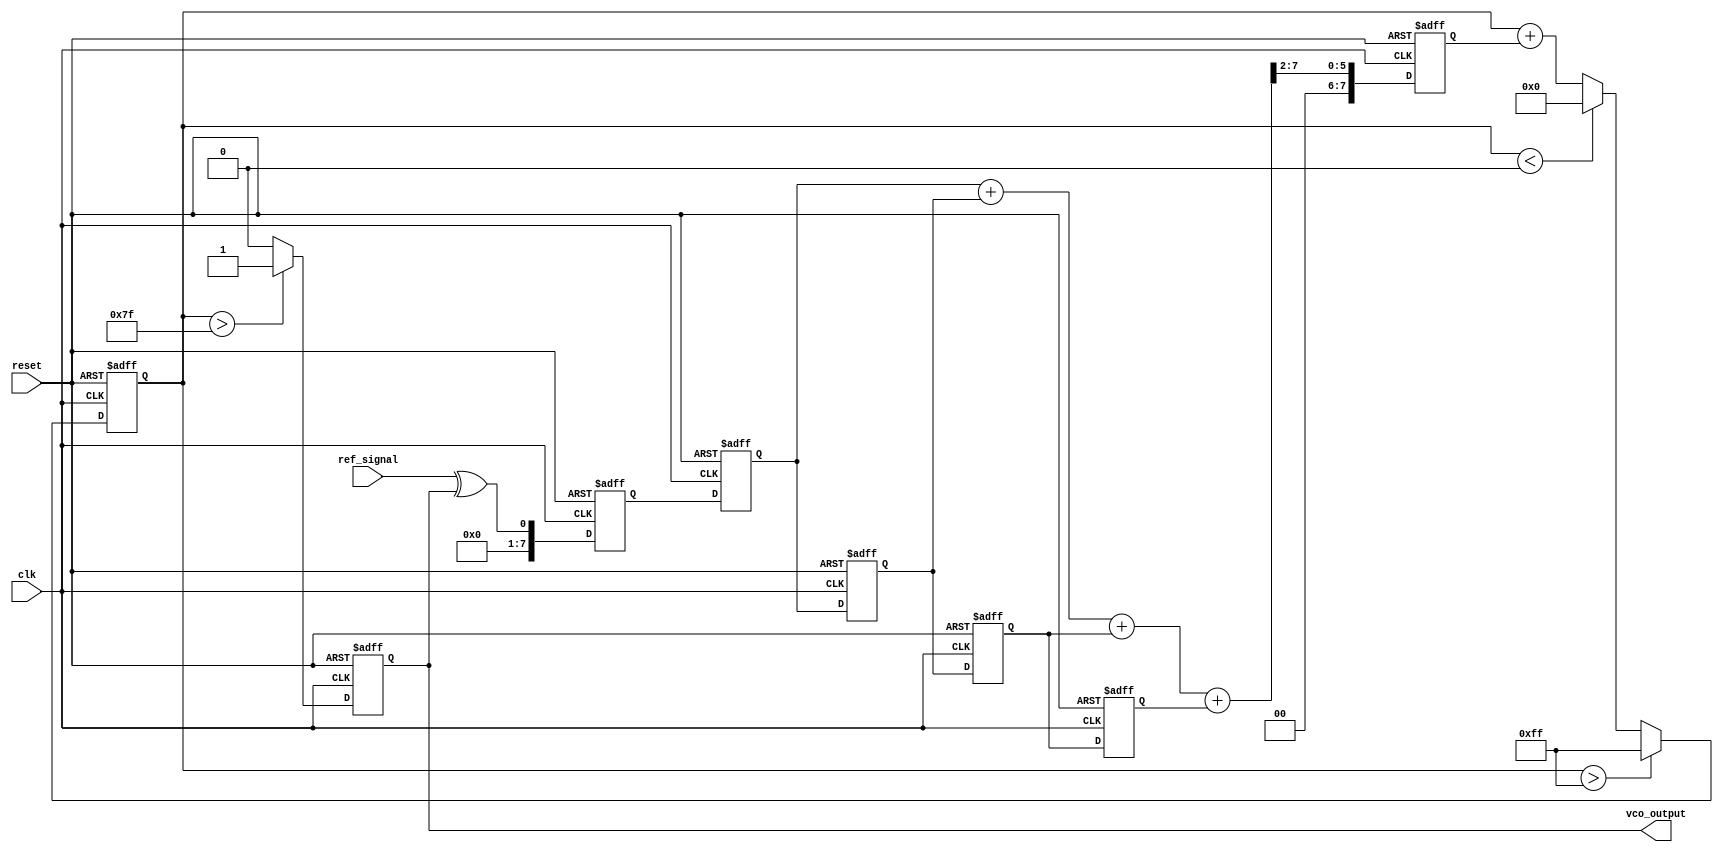
module MemoryBlocksPLL(
    input wire clk,                // System clock
    input wire reset,              // Reset signal
    input wire ref_signal,         // Reference input signal
    output reg vco_output          // Output of the VCO
);

    // Parameters
    parameter PHASE_DETECTOR_WIDTH = 8;
    parameter FILTER_MEMORY_SIZE = 4;  // Size of memory block for the filter
    parameter VCO_MAX_FREQ = 255;       // Max frequency for VCO
    parameter VCO_MIN_FREQ = 0;         // Min frequency for VCO

    // Internal signals
    reg [PHASE_DETECTOR_WIDTH-1:0] phase_error; // Phase error signal
    reg [PHASE_DETECTOR_WIDTH-1:0] filter_output; // Output of loop filter
    reg [PHASE_DETECTOR_WIDTH-1:0] vco_freq; // Frequency control for VCO
    reg [PHASE_DETECTOR_WIDTH-1:0] filter_memory [0:FILTER_MEMORY_SIZE-1]; // Filter memory blocks
    integer i;

    // Phase Detector
    always @(posedge clk or posedge reset) begin
        if (reset) begin
            phase_error <= 0;
        end else begin
            // Simple phase detection logic (XOR for demonstration)
            phase_error <= ref_signal ^ vco_output; // Placeholder for actual phase detection
        end
    end

    // Loop Filter
    always @(posedge clk or posedge reset) begin
        if (reset) begin
            filter_output <= 0;
            for (i = 0; i < FILTER_MEMORY_SIZE; i = i + 1) begin
                filter_memory[i] <= 0;
            end
        end else begin
            // Shift memory and update filter output
            filter_memory[0] <= phase_error; // Store latest phase error
            for (i = 1; i < FILTER_MEMORY_SIZE; i = i + 1) begin
                filter_memory[i] <= filter_memory[i-1];
            end
            
            // Simple averaging filter (for demonstration)
            filter_output <= (filter_memory[0] + filter_memory[1] + filter_memory[2] + filter_memory[3]) >> 2;
        end
    end

    // Voltage-Controlled Oscillator (VCO)
    always @(posedge clk or posedge reset) begin
        if (reset) begin
            vco_freq <= VCO_MIN_FREQ;
            vco_output <= 0;
        end else begin
            // Adjust VCO frequency based on filtered output
            vco_freq <= vco_freq + filter_output; // Simple increment (for demonstration)
            
            // Limit VCO frequency
            if (vco_freq > VCO_MAX_FREQ)
                vco_freq <= VCO_MAX_FREQ;
            else if (vco_freq < VCO_MIN_FREQ)
                vco_freq <= VCO_MIN_FREQ;

            // Generate VCO output (simple toggle based on frequency)
            vco_output <= (vco_freq > (VCO_MAX_FREQ / 2)) ? 1'b1 : 1'b0; // Placeholder for actual frequency generation
        end
    end

endmodule